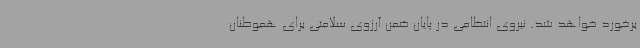
برخورد خواهد شد. نیروی انتظامی در پایان ضمن آرزوی سلامتی برای هموطنان